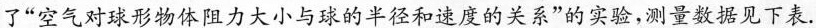
了6“空气对球形物体阻力大小与球的半径和速度的关系”的实验，测量数据见下表.